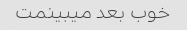
خوب بعد میبینمت